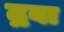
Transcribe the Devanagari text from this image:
द्रवा